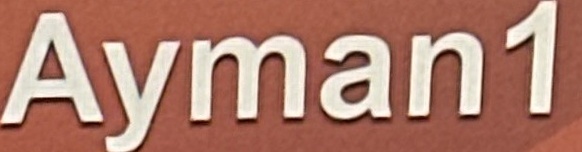
Ayman1